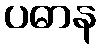
ပဓာန